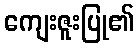
ကျေးဇူးပြု၏